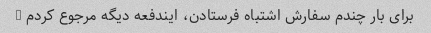
برای بار چندم سفارش اشتباه فرستادن، ایندفعه دیگه مرجوع کردم …